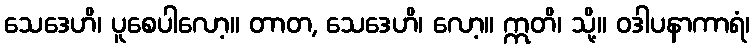
သေဒေဟိ၊ ပူစေပါလော့။ တာတ, သေဒေဟိ၊ လော့။ ဣတိ၊ သို့။ ဝဒါပနာကာရံ၊